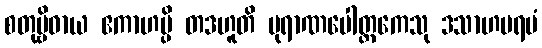
စတုဗ္ဗိဓာယ ဧကာဟမ္ပိ တဒဟူတိ ပုရာဏပေါတ္ထကေသု ဒသာဟပရမံ